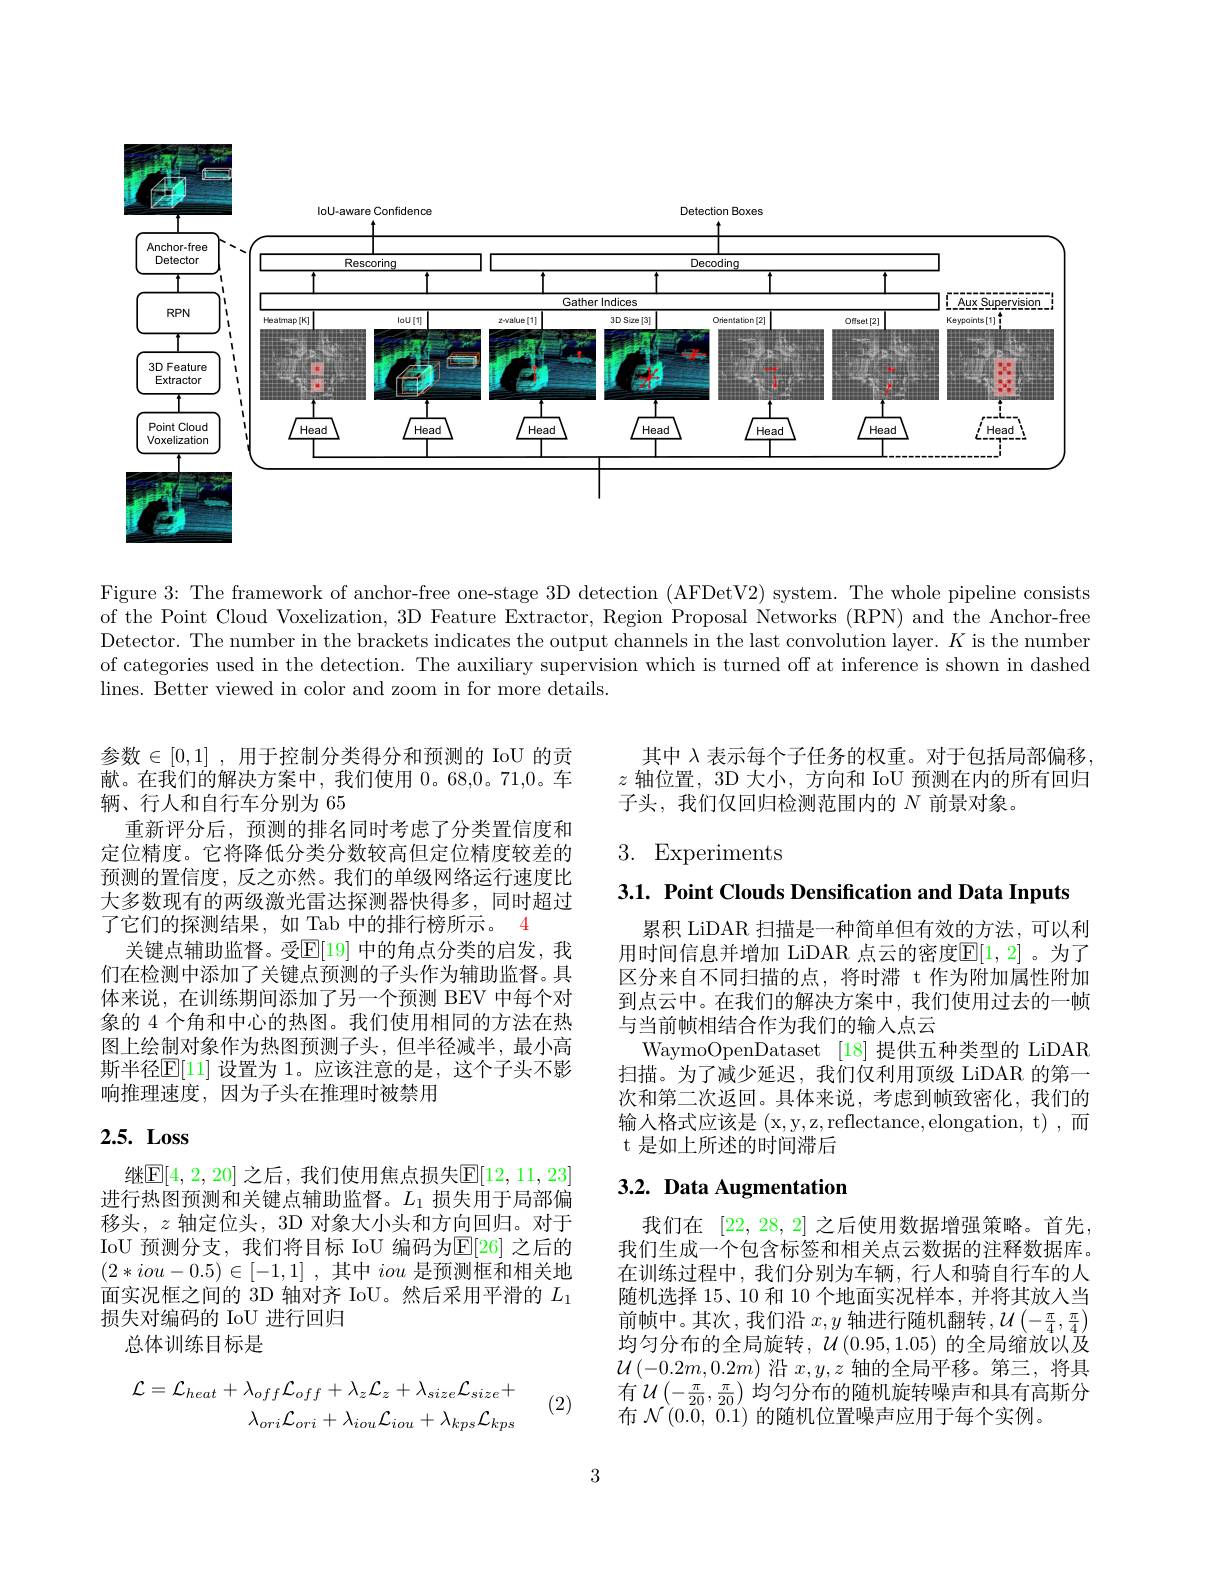
<FigureHere>

Figure 3: The framework of anchor-free one-stage 3D detection (AFDetV2) system. The whole pipeline consists of the Point Cloud Voxelization, 3D Feature Extractor, Region Proposal Networks (RPN) and the Anchor-free Detector. The number in the brackets indicates the output channels in the last convolution layer. $K$ is the number of categories used in the detection. The auxiliary supervision which is turned off at inference is shown in dashed lines. Better viewed in color and zoom in for more details.

其中$\lambda$表示每个子任务的权重。对于包括局部偏移， $z$轴位置，3D 大小，方向和 IoU 预测在内的所有回归子头，我们仅回归检测范围内的$N$前景对象。

### 3. Experiments

3.1. Point Clouds Densification and Data Inputs

参数$\in[0,1]$ ,用于控制分类得分和预测的 IoU 的贡献。在我们的解决方案中，我们使用 0。68,0。71,0。车辆、行人和自行车分别为 65
重新评分后，预测的排名同时考虑了分类置信度和定位精度。它将降低分类分数较高但定位精度较差的预测的置信度，反之亦然。我们的单级网络运行速度比大多数现有的两级激光雷达探测器快得多，同时超过了它们的探测结果，如 Tab 中的排行榜所示。4
关键点辅助监督。受$\mathbb{E}[19]$ 中的角点分类的启发，我们在检测中添加了关键点预测的子头作为辅助监督。具体来说，在训练期间添加了另一个预测 BEV 中每个对象的 4 个角和中心的热图。我们使用相同的方法在热图上绘制对象作为热图预测子头，但半径减半，最小高斯半径$\mathbb{E}[1]$ 设置为 1。应该注意的是，这个子头不影响推理速度，因为子头在推理时被禁用

累积 LiDAR 扫描是一种简单但有效的方法，可以利用时间信息并增加 LiDAR 点云的密度$\mathbb{E}[1,2]$ 。为了区分来自不同扫描的点，将时滞 t 作为附加属性附加到点云中。在我们的解决方案中，我们使用过去的一帧与当前帧相结合作为我们的输入点云
WaymoOpenDataset [18]提供五种类型的 LiDAR 扫描。为了减少延迟，我们仅利用顶级 LiDAR 的第一次和第二次返回。具体来说，考虑到帧致密化，我们的输入格式应该是 (x,y,z,reflectance,elongation, t) ,而t 是如上所述的时间滞后

# $2. 5. \textbf{ Loss}$

## 3.2. Data Augmentation

继$\overline{\mathrm{E}}[4,2,20]$ 之后，我们使用焦点损失$\underline{\mathrm{E}}[12,11,23]$ 进行热图预测和关键点辅助监督。$L_1$损失用于局部偏移头，$z$轴定位头，3D 对象大小头和方向回归。对于IoU 预测分支，我们将目标 IoU 编码为$\mathbb{E}[26]$ 之后的$(2*iou-0.5)\in[-1,1]$ ,其中iou是预测框和相关地面实况框之间的 3D 轴对齐 IoU。然后采用平滑的$L_1$ 损失对编码的 IoU 进行回归
总体训练目标是

我们在[22,28,2]之后使用数据增强策略。首先， 我们生成一个包含标签和相关点云数据的注释数据库。在训练过程中，我们分别为车辆，行人和骑自行车的人随机选择 15、10 和 10 个地面实况样本，并将其放人当前帧中。其次，我们沿$x,y$轴进行随机翻转$,\mathcal{U}\left(-\frac\pi4,\frac\pi4\right)$ 均匀分布的全局旋转，$\mathcal{U}(0.95,1.05)$的全局缩放以及$\mathcal{U}\left(-0.2m,0.2m\right)$沿 $x,y,z$ 轴的全局平移。第三，将具有$\mathcal{U}\left(-\frac{\pi}{20},\frac{\pi}{20}\right)$均匀分布的随机旋转噪声和具有高斯分布 $\mathcal{N} \left ( 0. 0, \:0. 1\right )$的随机位置噪声应用于每个实例。
$$\mathcal{L}=\mathcal{L}_{heat}+\lambda_{off}\mathcal{L}_{off}+\lambda_{z}\mathcal{L}_{z}+\lambda_{size}\mathcal{L}_{size}+\\\lambda_{ori}\mathcal{L}_{ori}+\lambda_{iou}\mathcal{L}_{iou}+\lambda_{kps}\mathcal{L}_{kps}$$
(2)

3